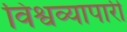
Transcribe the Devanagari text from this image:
विश्वव्यापारी